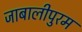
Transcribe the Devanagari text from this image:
जाबालीपुरम